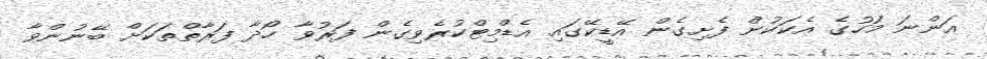
އަންނަ މަހުގެ އެކަކުން ފެށިގެން އޭޑީކޭގައި އެޑްމިޓްކުރެވިގެން ފަރުވާ ހޯދާ ފަރާތްތަކަށް ބޭނުންވާ